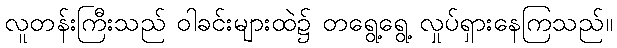
လူတန်းကြီးသည် ဝါခင်းများထဲ၌ တရွေ့ရွေ့ လှုပ်ရှားနေကြသည်။